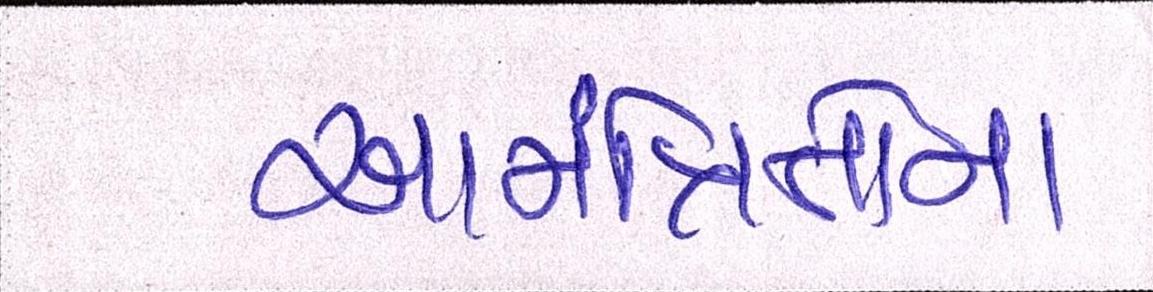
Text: આમંત્રિતોના